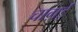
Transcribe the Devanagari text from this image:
चाग़ई